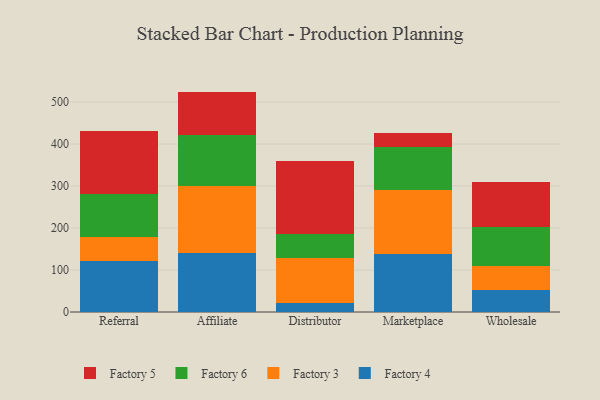
{"axis": {"x": "Channel", "y": "Population (Million)"}, "legend": ["Factory 3", "Factory 4", "Factory 5", "Factory 6"], "data": [{"x": "Referral", "y": 120.8, "type": "Factory 4"}, {"x": "Referral", "y": 58.5, "type": "Factory 3"}, {"x": "Referral", "y": 101.4, "type": "Factory 6"}, {"x": "Referral", "y": 149.3, "type": "Factory 5"}, {"x": "Affiliate", "y": 139.8, "type": "Factory 4"}, {"x": "Affiliate", "y": 160.1, "type": "Factory 3"}, {"x": "Affiliate", "y": 122.2, "type": "Factory 6"}, {"x": "Affiliate", "y": 102.8, "type": "Factory 5"}, {"x": "Distributor", "y": 22.3, "type": "Factory 4"}, {"x": "Distributor", "y": 106.4, "type": "Factory 3"}, {"x": "Distributor", "y": 56.8, "type": "Factory 6"}, {"x": "Distributor", "y": 174.6, "type": "Factory 5"}, {"x": "Marketplace", "y": 139.1, "type": "Factory 4"}, {"x": "Marketplace", "y": 150.3, "type": "Factory 3"}, {"x": "Marketplace", "y": 103.7, "type": "Factory 6"}, {"x": "Marketplace", "y": 33.4, "type": "Factory 5"}, {"x": "Wholesale", "y": 52.7, "type": "Factory 4"}, {"x": "Wholesale", "y": 56.9, "type": "Factory 3"}, {"x": "Wholesale", "y": 93.7, "type": "Factory 6"}, {"x": "Wholesale", "y": 105.8, "type": "Factory 5"}]}